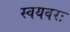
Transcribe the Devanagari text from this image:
स्वयंवरः